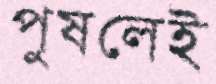
পুষলেই